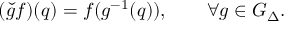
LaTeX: ( \check { g } f ) ( q ) = f ( g ^ { - 1 } ( q ) ) , \qquad \forall g \in G _ { \Delta } .